[Report on the health of British troops in the Madras command]
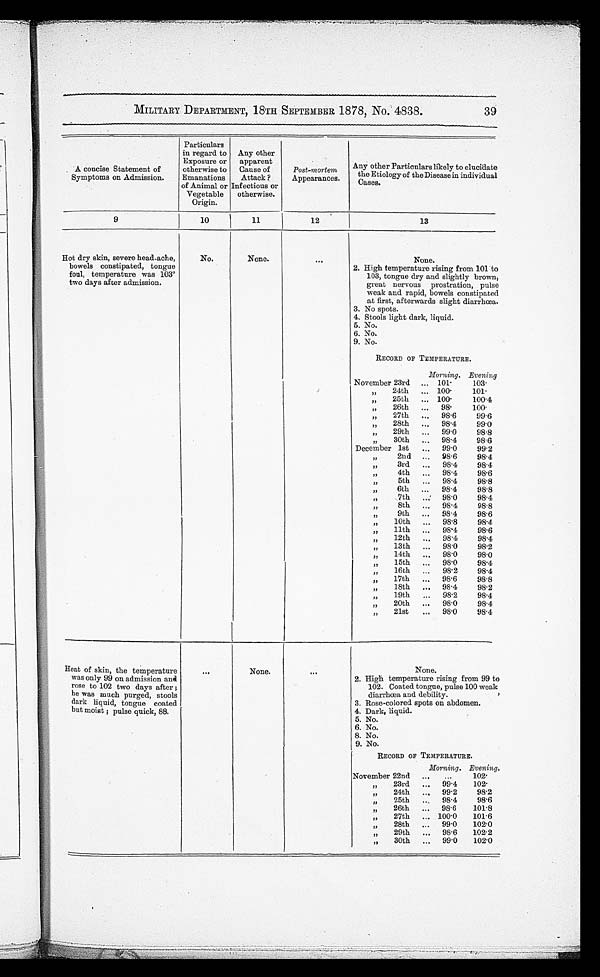
MILITARY DEPARTMENT, 18TH SEPTEMBER 1878, No. 4838. 3 9
A concise Statement of
Symptoms on Admission.
Particulars
in regard to
Exposure or
otherwise to
Emanations
of Animal or
Vegetable
Origin.
Any other
apparent
Cause of
Attack ?
Infectious or
otherwise.
Post-mortem
Appearances.
Any other Particulars likely to elucidate
the Etiology of the Disease in individual
Cases
9
10
11
12
13
Hot dry skin, severe head-ache,
bowels constipated, tongue
foul, temperature was 103°t
wo days after admission.
No.
None
None
2. High temperature rising from 101 to
103, tongue dry and slightly brown
, great nervous prostration, pulse
weak and rapid, bowels constipated
at first, afterwards slight diarrhœa.
3. No spots.
4. Stools light dark, liquid.
5. No.
6. No.
9. No.
RECORD OF TEMPERATURE.
Morning. Evening
November 23rd
10·01
103·0
"
24th
100·0 101·0
"
25th
100·0
100·4
" 26th
98·0
100·0
" 27th
98·6
99·6
" 28th
98·4
99·0
" 29th
99·0
98·8
"
30th
98·4
98·6
December 1st
99·0
99·2
" 2nd
98·6
98·4
"
3rd
98·4
98·4
" 4th
98·4
98·6
" 5th
98·4
98·8
"
6th
98·4
98·8
" 7th
98·0
98·4
" 8 t h
98·4
98·8
"
9th
98·4
98·6
"
10th
98·8
98·4
" 11th
98·4
98·6
" 1 2 t h
98·4
98·4
" 13th
98·0
98.2
" 14th
98·0
98·0
" 15th
98·0
98·4
" 16th
98·2
98·4
"
17th
98·6
98·8
" 18th
98·4
98·2
" 19th
98·2
98·4
" 20th
98·0
98·4
" 21st
98·0
98·4
Heat of skin, the temperatur
was only 99 on admission an
d rose to 102 two days after
; he was much purged,
stools dark liquid, tongue coated
but moist; pulse quick, 88.
None
None.
2. High temperature rising from 99 to
102. Coated tongue, pulse 100 weak
diarrhœa and debility.
3. Rose-colored spots on abdomen.
4. Dark, liquid.
5. No.
6. No.
8. No.
9. No.
RECORD OF TEMPERATURE.
Morning. Evening.
November 22nd
102·0
" 23rd
99·4
102 · 0
" 24th
99·2
98·2
" 2 5 t h
98·4
98·6
" 26th
98·6
101·8
" 27th
100·0
101·6
" 28th
99·0
102·0
" 29th
98·6
102·2
" 30th
99·0
102·0